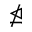
\ntrianglelefteq